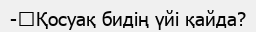
-	Қосуақ бидің үйі қайда?